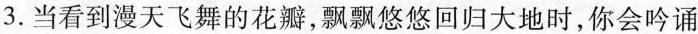
3.当看到漫天飞舞的花瓣，飘飘悠悠回归大地时，你会吟诵